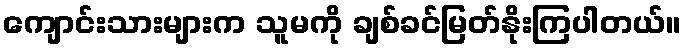
ကျောင်းသားများက သူမကို ချစ်ခင်မြတ်နိုးကြပါတယ်။